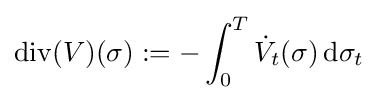
\operatorname {div} (V)(\sigma ):=-\int _{0}^{T}{\dot {V}}_{t}(\sigma )\,\mathrm {d} \sigma _{t}